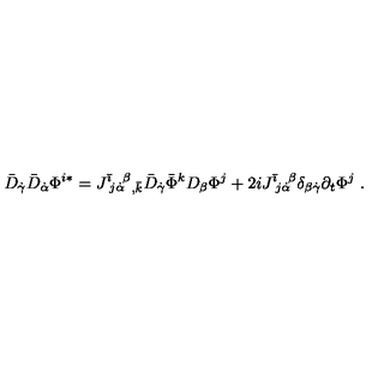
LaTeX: \bar { D } _ { \dot { \gamma } } \bar { D } _ { \dot { \alpha } } \Phi ^ { i * } = J ^ { \bar { \imath } } \! _ { j \dot { \alpha } } \! ^ { \beta } { } _ { , \bar { k } } \bar { D } _ { \dot { \gamma } } \bar { \Phi } ^ { k } D _ { \beta } \Phi ^ { j } + 2 i J ^ { \bar { \imath } } \! _ { j \dot { \alpha } } \! ^ { \beta } \delta _ { \beta \dot { \gamma } } \partial _ { t } \Phi ^ { j } \ .